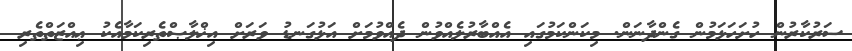
ސަރުކާރުން ހުށަހަޅަމުން ގެންދާނަން. މިކަންކަމުގައި އެއްބާރުލެއްވުން ދެއްވުމަށް އަޅުގަނޑު ވަރަށް އިޚްލާޞްތެރިކަމާއެކު ޢިއްޒަތްތެރި